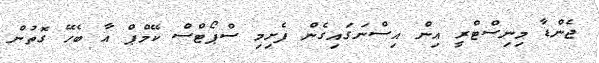
ޖެންޑާ މިނިސްޓްރީ އިން އިސްނަގައިގެން ފެށިމި ސްޕޯޓްސް ކޭމްޕް އާ ބެހޭ ގޮތުން